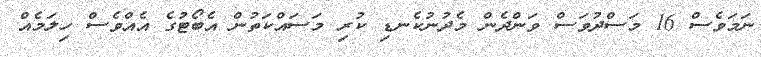
ނަމަވެސް 16 މަސްދުވަސް ވަންދެން މެދުނުކެނޑި ކުރި މަސައްކަތުން އެބޯޓުގެ އެއްވެސް ހިލަމެއް